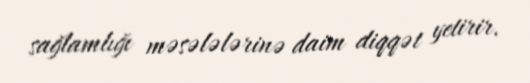
sağlamlığı məsələlərinə daim diqqət yetirir.